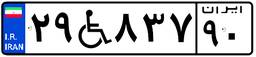
۴۳W۹۹۵۴۹